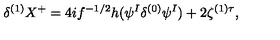
\delta ^ { ( 1 ) } X ^ { + } = 4 i f ^ { - 1 / 2 } h ( \psi ^ { I } \delta ^ { ( 0 ) } \psi ^ { I } ) + 2 \zeta ^ { ( 1 ) \tau } ,